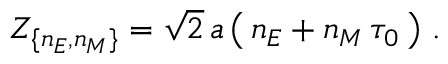
{ \cal Z } _ { \{ n _ { E } , n _ { M } \} } = \sqrt { 2 } \, a \left( \, n _ { E } + n _ { M } \, \tau _ { 0 } \, \right) \, .